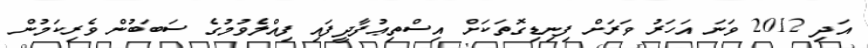
އަދި 2012 ވަނަ އަހަރު ވަރަށް ފިނިޑިގޮތަކަށް އިސްތިޢުފާދީފައި ފިއްލެވުމުގެ ސަބަބުން ވެރިކަމުން